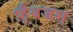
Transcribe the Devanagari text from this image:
फ़्रैबजस